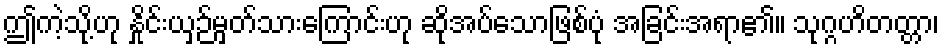
ဤကဲ့သို့ဟု နှိုင်းယှဉ်မှတ်သားကြောင်းဟု ဆိုအပ်သောဖြစ်ပုံ အခြင်းအရာ၏။ သုဂ္ဂဟိတတ္တာ၊